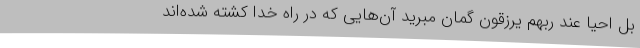
بل احیا عند ربهم یرزقون گمان مبرید آن‌هایی که در راه خدا کشته شده‌اند